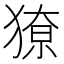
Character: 𭸡